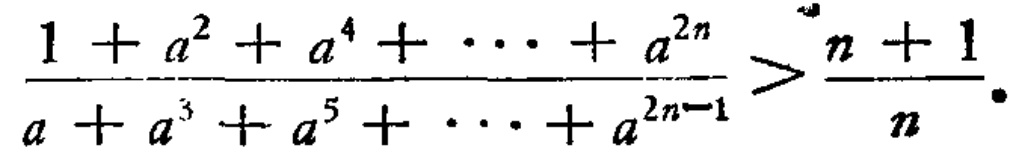
\(\frac{1 + a^{2} + a^{4} + \cdots + a^{2n}}{a + a^{3} + a^{5} + \cdots + a^{2n - 1}} > \frac{n + 1}{n}\)